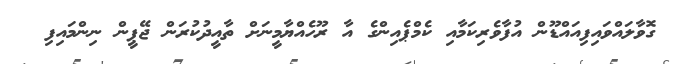
ގޮވާލައްވައިފިއައްޑޫން އުފާވެރިކަމާއި ކެމްޕެއިންގެ އާ ރޫހެއްޔާމީނަށް ތާއީދުކުރަން ޖޭޕީން ނިންމައިފި